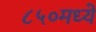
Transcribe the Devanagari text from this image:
८५०मध्ये